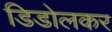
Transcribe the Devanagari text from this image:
डिडोलकर